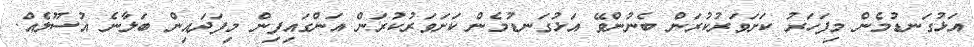
އަޅުގަނޑުމެން މިފަހަރު ކަށަވަރުކުރަން ބެނުންވޭ އަޅުގަނޑުމެން ކަށަވަރުކުރަން އަންގައިފިން މިފަދައިން ބަލާނެ އުސޫލެއް.